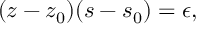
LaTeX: ( z - z _ { 0 } ) ( s - s _ { 0 } ) = \epsilon ,